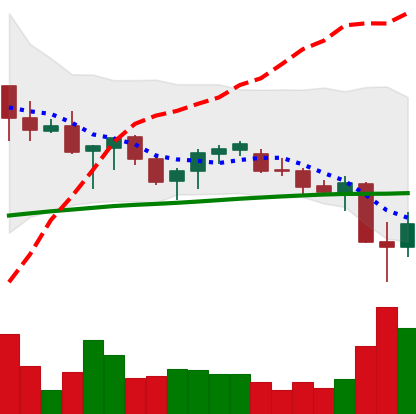
Ticker: ADA-USD
Chart end date: 2021-06-23
Forward return: 5.735%
Label: up_5_7